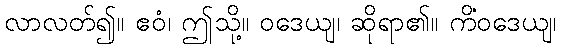
လာလတ်၍။ ဧဝံ၊ ဤသို့။ ဝဒေယျ၊ ဆိုရာ၏။ ကိံဝဒေယျ၊